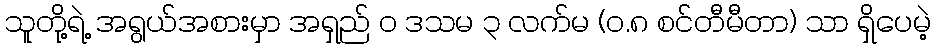
သူတို့ရဲ့ အရွယ်အစားမှာ အရှည် ၀ ဒသမ ၃ လက်မ (၀.၈ စင်တီမီတာ) သာ ရှိပေမဲ့